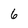
Character: 6